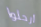
ارحلوا